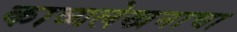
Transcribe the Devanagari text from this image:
काव्यलेखनाचा